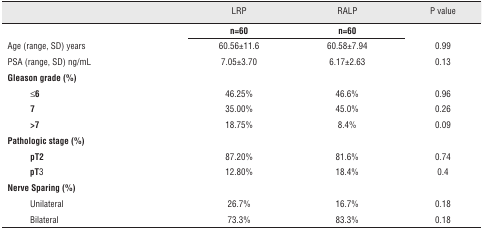
|  | LRP | RALP | P value |
 | --- | --- | --- | --- |
 |  | n=60 | n=60 |  |
 | Age (range, SD) years | 60.56±11.6 | 60.58±7.94 | 0.99 |
 | PSA (range, SD) ng/mL | 7.05±3.70 | 6.17±2.63 | 0.13 |
 | Gleason grade (%) |  |  |  |
 | ≤6 | 46.25% | 46.6% | 0.96 |
 | 7 | 35.00% | 45.0% | 0.26 |
 | >7 | 18.75% | 8.4% | 0.09 |
 | Pathologic stage (%) |  |  |  |
 | pT2 | 87.20% | 81.6% | 0.74 |
 | pT 3 | 12.80% | 18.4% | 0.4 |
 | Nerve Sparing (%) |  |  |  |
 | Unilateral | 26.7% | 16.7% | 0.18 |
 | Bilateral | 73.3% | 83.3% | 0.18 |